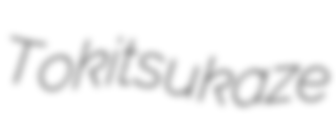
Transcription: Tokitsukaze